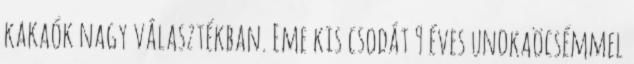
kakaók nagy választékban. Eme kis csodát 9 éves unokaöcsémmel